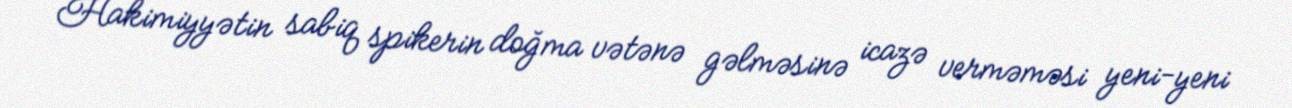
Hakimiyyətin sabiq spikerin doğma vətənə gəlməsinə icazə verməməsi yeni-yeni